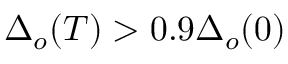
\Delta _ { o } ( T ) > 0 . 9 \Delta _ { o } ( 0 )